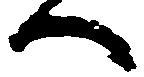
へ